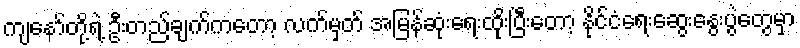
ကျနော်တို့ရဲ့ ဦးတည်ချက်ကတော့ လက်မှတ် အမြန်ဆုံးရေးထိုးပြီးတော့ နိုင်ငံရေးဆွေးနွေးပွဲတွေမှာ